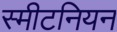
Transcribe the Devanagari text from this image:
स्मीटनियन